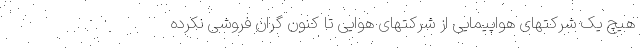
هیچ یک شرکتهای هواپیمایی از شرکتهای هوایی تا کنون گران فروشی نکرده